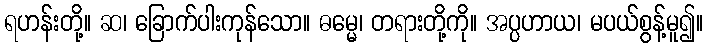
ရဟန်းတို့။ ဆ၊ ခြောက်ပါးကုန်သော။ ဓမ္မေ၊ တရားတို့ကို။ အပ္ပဟာယ၊ မပယ်စွန့်မူ၍။